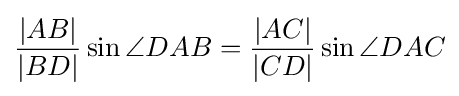
{{\frac {|AB|}{|BD|}}\sin \angle DAB={\frac {|AC|}{|CD|}}\sin \angle DAC}